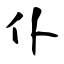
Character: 仆